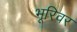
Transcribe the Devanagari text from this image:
भूरिवर